Annual returns of the Patna Lunatic Asylum at Bankipore in Bihar and Orissa - 1912-1924
Year: 1912
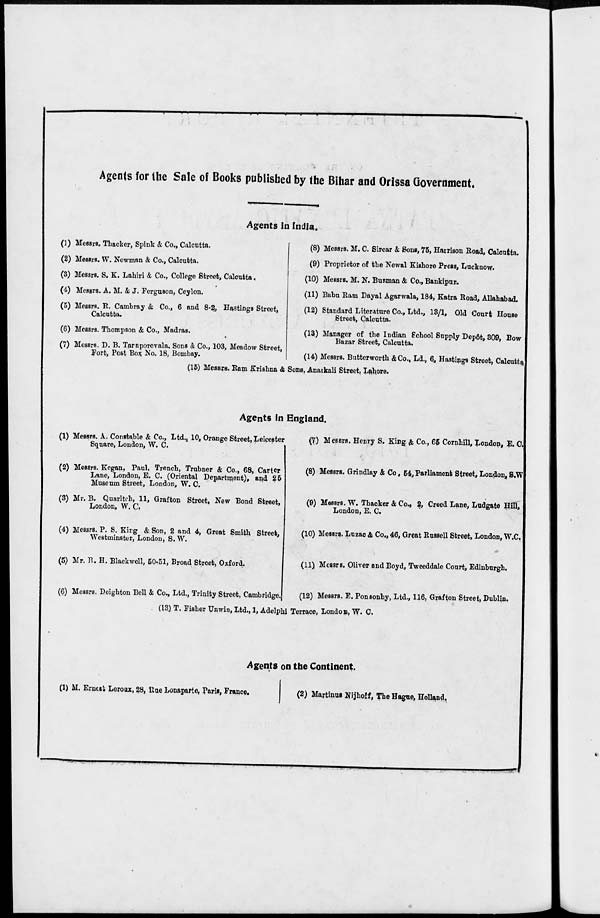
Agents for the Sale of Books published by the Bihar and Orissa Government.
Agents in India.
(1) Messrs. Thacker, Spink & Co., Calcutta.
(2) Messrs. W. Newman & Co., Calcutta.
(3) Messrs. S. K. Lahiri & Co., College Street, Calcutta.
(4) Messrs. A. M. & J. Ferguson, Ceylon.
(5) Messrs. R. Cambray & Co., 6 and 8-2, Hastings Street,
Calcutta.
(6) Messrs. Thompson & Co., Madras.
(7) Messrs. D. B. Taraporevala, Sons &, Co., 103, Meadow Street,
Fort, Post Box No. 18, Bombay.
(8) Messrs. M. C. Sircar & Sons, 75, Harrison Road, Calcutta.
(9) Proprietor of the Newal Kishore Press, Lucknow.
(10) Messrs. M. N. Burman & Co., Bankipur.
(11) Babu Ram Dayal Agarwala, 184, Katra Road, Allahabad.
(12) Standard Literature Co., Ltd., 18/1, Old Court House
Street, Calcutta.
(13) Manager of the Indian School Supply Depôt, 309, Bow
Bazar Street, Calcutta.
(14) Messrs. Butterworth &Co., Ld., 6, Hastings Street, Calcutta.
(15) Messrs. Ram Krishna & Sons, Anarkali Street, Lahore.
Agents in England.
(1) Messrs. A. Constable & Co., Ltd., 10, Orange Street, Leicester
Square, London, W. C.
(2) Messrs. Kegan, Paul. Trench, Trubner & Co., 68, Carter
Lane, London, E. C. (Oriental Department), and 25
Museum Street, London, W. C.
(3) Mr. B. Quaritch, 11, Grafton Street, New Bond Street,
London, W. C.
(4) Messrs. P. S. King & Son, 2 and 4, Great Smith Street,
Westminster, London, S. W.
(5) Mr. B. H. Blackwell, 50-51, Broad Street, Oxford.
(6) Messrs. Deighton Bell & Co., Ltd., Trinity Street, Cambridge.
(7) Messrs. Henry S. King & Co., 65 Cornhill, London, E. C.
(8) Messrs. Grindlay & Co, 54, Parliament Street, London, S.W.
(9) Messrs. W. Thacker & Co., 2, Creed Lane, Ludgate Hill,
London, E. C.
(10) Messrs. Luzac & Co., 46, Great Russell Street, London, W.C.
(11) Messrs. Oliver and Boyd, Tweeddale Court, Edinburgh.
(12) Messrs. E. Ponsonby, Ltd., 116, Grafton Street, Dublin.
(13) T. Fisher Unwin, Ltd., 1, Adelphi Terrace, London, W. C.
Agents on the Continent.
(1) M. Ernest Leroux, 28, Rue Lonaparte, Paris, France.
(2) Martinus Nijhoff, The Hague, Holland.